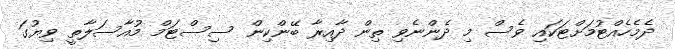
ދެމެހެއްޓުމަށްޓަކައި ވެސް މި ދެންނެވި ތިން ދާއިރާ ބޭންކިން ސިސްޓަމް މުއާސަލާތީ ވިޔުގަ